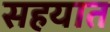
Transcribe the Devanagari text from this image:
सहयात